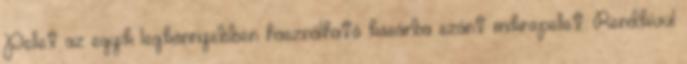
Pellet az egyik legkönnyebben használható kosárba szánt mikropellet. Rendkívül